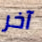
آخر